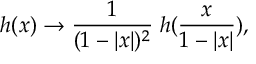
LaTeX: h ( x ) \rightarrow \frac { 1 } { ( 1 - | x | ) ^ { 2 } } \; h ( \frac { x } { 1 - | x | } ) ,